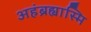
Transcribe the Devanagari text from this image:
अहंब्रह्यास्मि